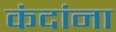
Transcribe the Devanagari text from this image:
कंदांना